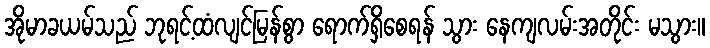
အိုမာခယမ်သည် ဘုရင့်ထံလျင်မြန်စွာ ရောက်ရှိစေရန် သွား နေကျလမ်းအတိုင်း မသွား။